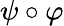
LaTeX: \psi\circ\varphi